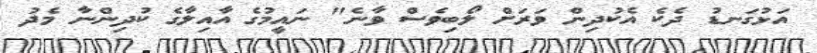
އަޅުގަނޑު ދެކެ އެކުދިން ވަރަށް ލޯބިވެސް ވާނެ" ނައީމުގެ އާއިލާގެ ކުދިންނާ މެދު